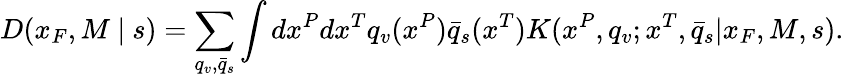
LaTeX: D(x_{F},M\ |\ s)=\sum_{q_{v},\bar{q}_{s}}\int dx^{P}dx^{T}q_{v}(x^{P})\bar{q}_{s}(x^{T})K(x^{P},q_{v};x^{T},\bar{q}_{s}|x_{F},M,s).